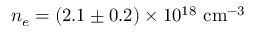
n _ { e } = ( 2 . 1 \pm 0 . 2 ) \times 1 0 ^ { 1 8 } ~ \mathrm { c m } ^ { - 3 }